Lunatic asylums United Prov. 1922-30 - 1922-1930
Year: 1922
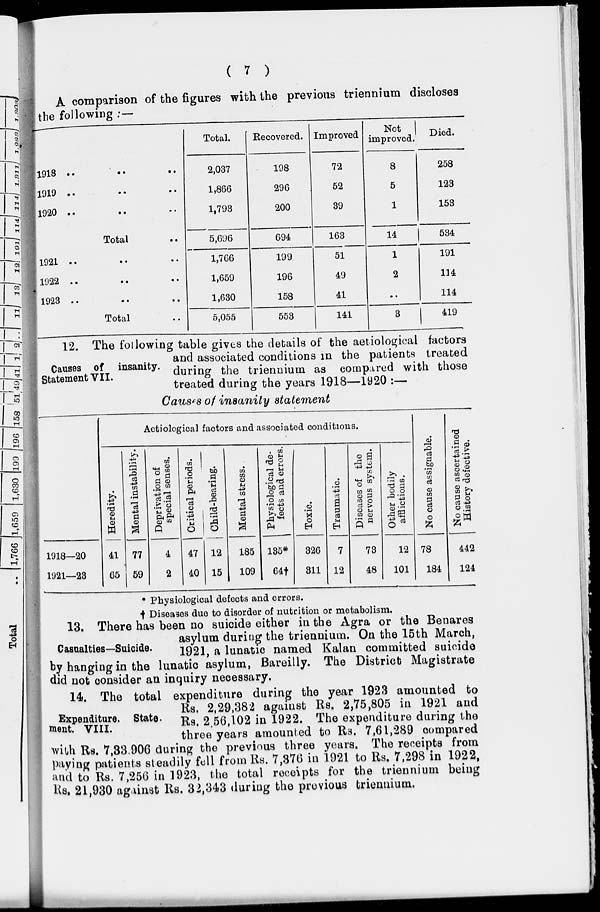
( 7 )
A comparison of the figures with the previous triennium discloses
the following :—
1918 .. .. ..
1919 .. .. ..
1920 .. .. ..
Total ..
1921 .. .. ..
1922 .. .. ..
1923
..
..
..
Total ..
Total.
2,037
1,866
1,793
5,696
1,766
1,659
1,630
5,055
Recovered.
198
296
200
694
199
196
158
553
Improved
72
52
39
163
51
49
41
141
Not
improved.
8
5
1
14
1
2
..
3
Died.
258
123
153
534
191
114
114
419
Causes of insanity.
Statement VII.
12. The following table gives the details of the aetiological factors
and associated conditions in the patients treated
during the triennium as compared with those
treated during the years 1918—1920 :—
Causes of insanity statement
1918—20
1921—23
Aetiological factors and associated conditions.
Heredity.
41
65
Mental instability.
77
59
Deprivation of
special senses.
4
2
Critical periods.
47
40
Child-bearing.
12
15
Mental stress.
185
109
Physiological de-
fects and errors.
135*
64†
Toxic.
326
311
Traumatic.
7
12
Diseases of the
nervous system.
73
48
Other bodily
afflictions.
12
101
No cause assignable.
78
184
No cause ascertained
History defective.
442
124
* Physiological defects and errors.
† Diseases due to disorder of nutrition or metabolism.
Casualties—Suicide.
13. There has been no suicide either in the Agra or the Benares
asylum duriug the triennium. On the 15th March,
1921, a lunatic named Kalan committed suicide
by hanging in the lunatic asylum, Bareilly. The District Magistrate
did not consider an inquiry necessary.
Expenditure. State¬
ment. VIII.
14. The total expenditure during the year 1923 amounted to
Rs. 2,29,382 against Rs. 2,75,805 in 1921 and
Rs. 2,56,102 in 1922. The expenditure during the
three years amounted to Rs. 7,61,289 compared
with Rs. 7,33,906 during the previous three years. The receipts from
paying patients steadily fell from Rs. 7,376 in 1921 to Rs. 7,298 in 1922,
and to Rs. 7,256 in 1923, the total receipts for the triennium being
Rs. 21,930 against Rs. 32,343 during the previous triennium.